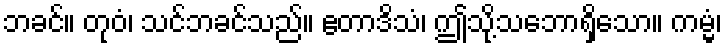
ဘခင်။ တုဝံ၊ သင်ဘခင်သည်။ ဧတာဒိသံ၊ ဤသို့သဘောရှိသော။ ကမ္မံ၊